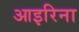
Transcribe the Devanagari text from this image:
आइरिना